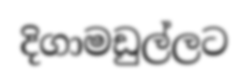
දිගාමඩුල්ලට